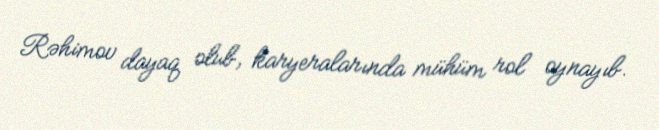
Rəhimov dayaq olub, karyeralarında mühüm rol oynayıb.